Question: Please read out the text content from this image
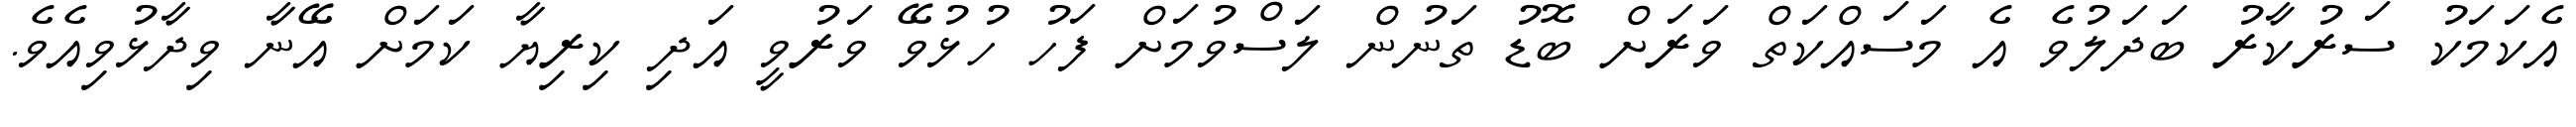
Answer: އެކަމަކު ސަރުކާރު ބަދަލުވެ އެ މަސައްކަތް ވަރަށް ބޮޑު ތަނުން ލަސްވުމަށް ފަހު ހުޅުވޭ ވަރުވީ އަދި ކިރިޔާ ކަމަށް އޭނާ ވިދާޅުވިއެވެ.